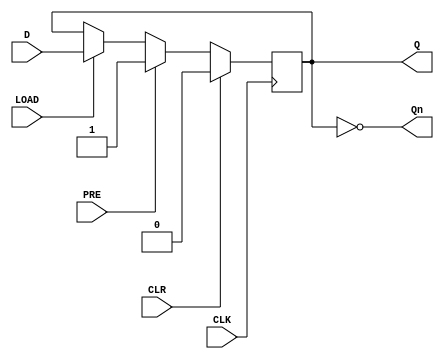
module d_ff_sync_load (
    input wire D,
    input wire CLK,
    input wire LOAD,
    input wire CLR,
    input wire PRE,
    output reg Q,
    output reg Qn
);

always @(posedge CLK) begin
    if (CLR) begin
        Q <= 1'b0;
    end else if (PRE) begin
        Q <= 1'b1;
    end else if (LOAD) begin
        Q <= D;
    end
end

assign Qn = ~Q;

endmodule